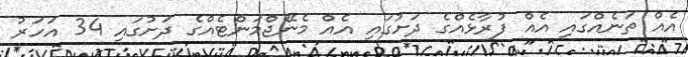
އެއް ތަނެއްގައި އެއް ފުރާޅެއްގެ ދަށުގައި އެއް މެނޭޖްމަންޓެއްގެ ދަށުގައި 34 އަހަރު